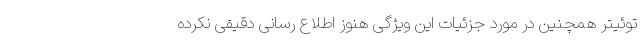
توئیتر همچنین در مورد جزئیات این ویژگی هنوز اطلاع رسانی دقیقی نکرده